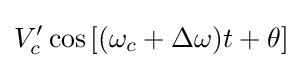
V'_{c}\cos \left[(\omega _{c}+\Delta \omega )t+\theta \right]